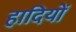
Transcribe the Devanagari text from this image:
हादियों